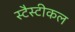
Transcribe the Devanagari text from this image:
स्टैस्टीकल